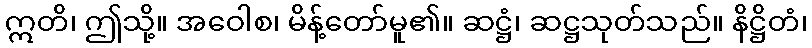
ဣတိ၊ ဤသို့။ အဝေါစ၊ မိန့်တော်မူ၏။ ဆဋ္ဌံ၊ ဆဋ္ဌသုတ်သည်။ နိဋ္ဌိတံ၊